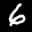
Digit: 6